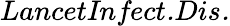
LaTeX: \textit{LancetInfect.Dis.}